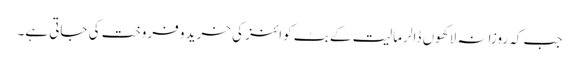
جب کہ روزانہ لاکھوں ڈالر مالیت کے بٹ کوائنز کی خرید و فروخت کی جاتی ہے۔